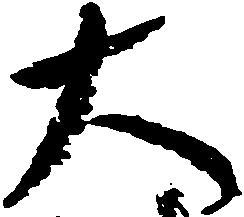
大